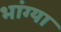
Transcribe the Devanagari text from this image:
भांग्या